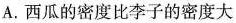
A. 西瓜的密度比李子的密度大